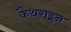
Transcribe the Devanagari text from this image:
कैथराइन